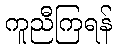
ကူညီကြရန်